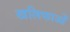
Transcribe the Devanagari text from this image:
खलिफाओं